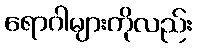
ရောဂါများကိုလည်း